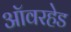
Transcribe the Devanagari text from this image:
ऑवरहेड